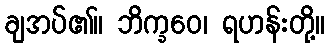
ချအပ်၏။ ဘိက္ခဝေ၊ ရဟန်းတို့။